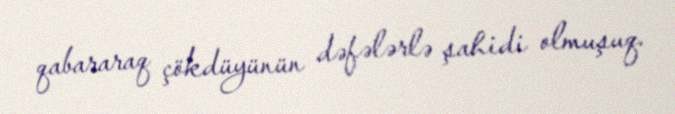
qabararaq çökdüyünün dəfələrlə şahidi olmuşuq.